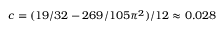
c = ( 1 9 / 3 2 - 2 6 9 / 1 0 5 \pi ^ { 2 } ) / 1 2 \approx 0 . 0 2 8